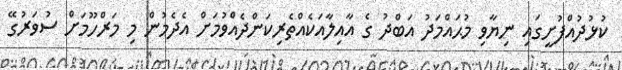
ކުޅުދުއްފުށީގައި ނިޔާވި މުޙައްމަދު އަބްދު ގެ އާއިލާއަކެއްތެރިކަންދެއްވުމަށް އެދެމުން މި މަރްހޫމަށް ސުވަރުގޭ